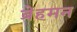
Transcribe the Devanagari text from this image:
ब्रेहमन